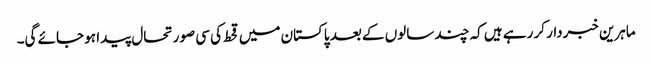
ماہرین خبردار کر رہے ہیں کہ چند سالوں کے بعد پاکستان میں قحط کی سی صورتحال پیدا ہو جائے گی۔